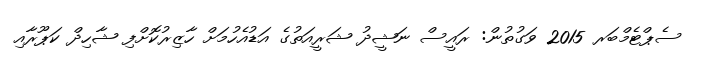
ސެޕްޓެމްބަރ 2015 ވަގުތުން: ރައީސް ނަޝީދު ޝަރީއަތުގެ އަޑުއެހުމަށް ހާޒިރުކޮށްފި ޝާހިދް ކަޕޫރާއި